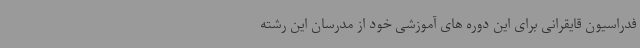
فدراسیون قایقرانی برای این دوره های آموزشی خود از مدرسان این رشته